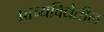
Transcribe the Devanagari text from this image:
प्राच्यविद्येतील